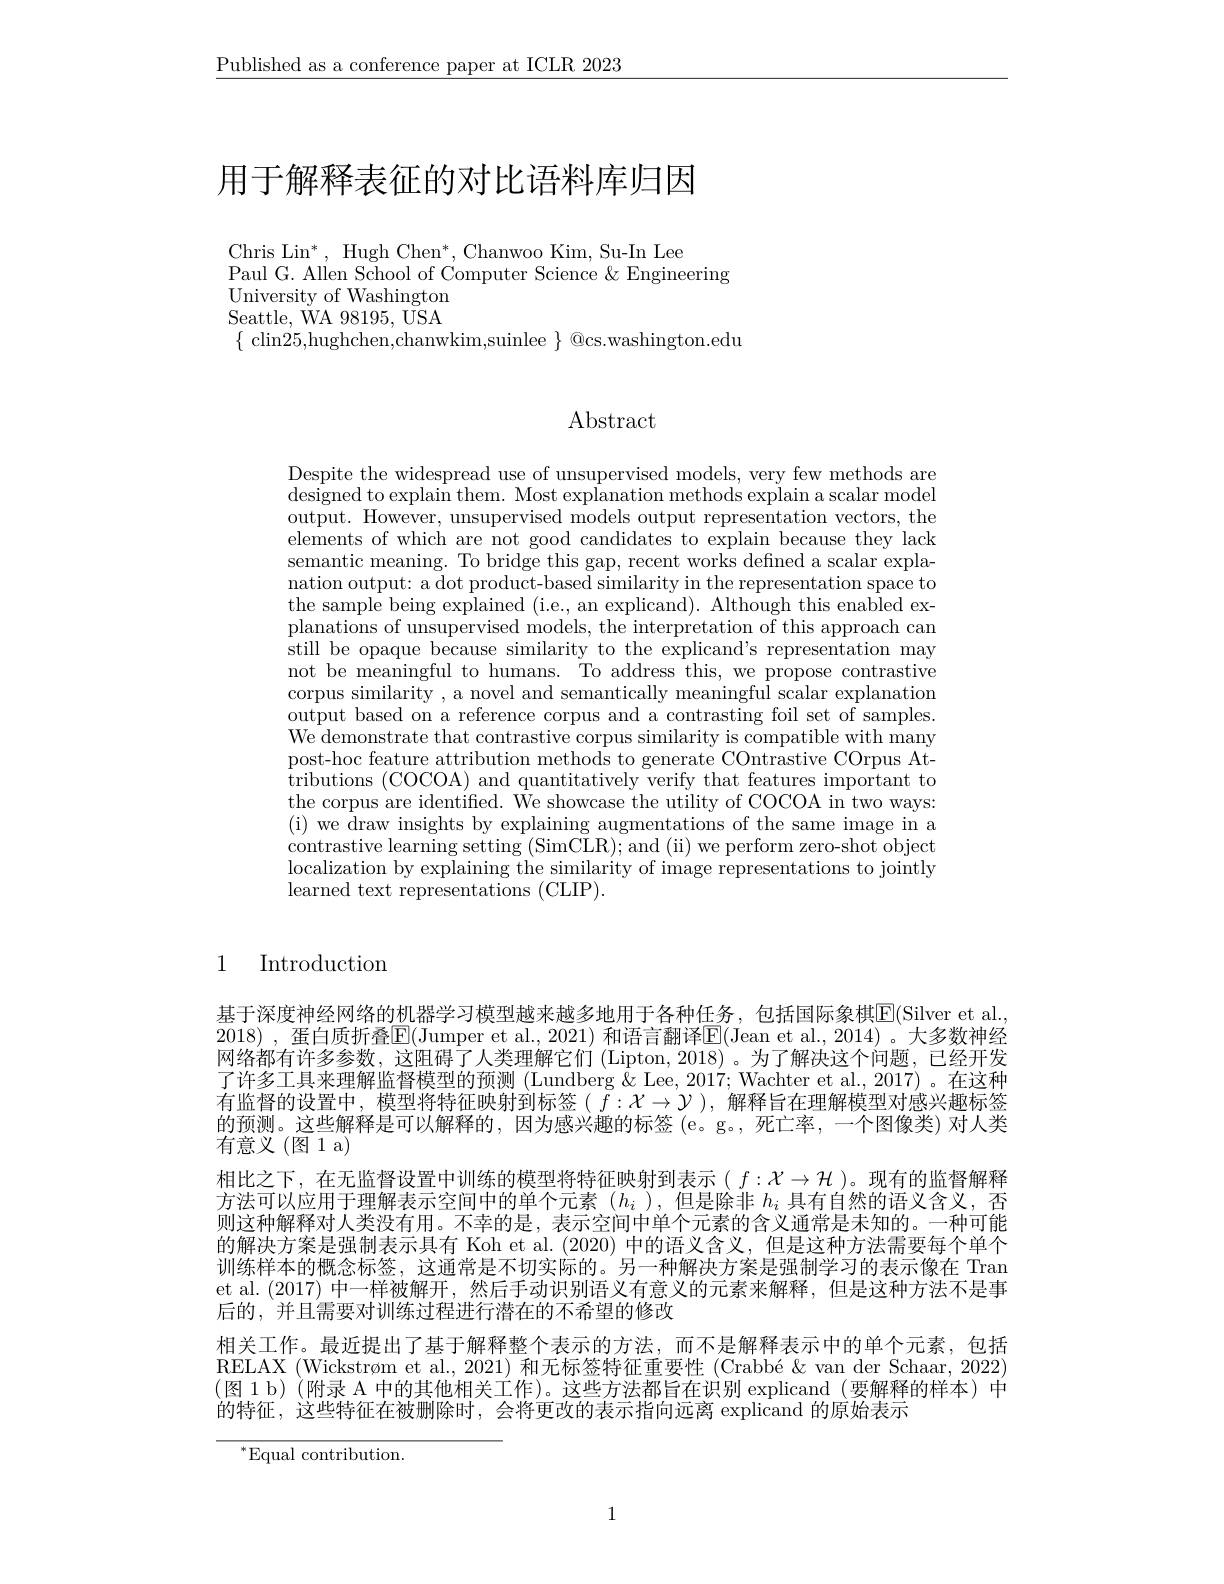
$\underline{\text{Published as a conference paper at ICLR 2023}}$

# 用于解释表征的对比语料库归因

Chris Lin$^*$, Hugh Chen$^*$, Chanwoo Kim, Su-In Lee
Paul G. Allen School of Computer Science &Engineering
University of Washington Seattle, WA 98195, USA $\{$ clin25,hughchen,chanwkim,suinlee $\}$ @cs.washington.edu

Abstract

Despite the widespread use of unsupervised models, very few methods are designed to explain them. Most explanation methods explain a scalar model output. However, unsupervised models output representation vectors, the elements of which are not good candidates to explain because they lack semantic meaning. To bridge this gap, recent works defined a scalar explanation output: a dot product-based similarity in the representation space to the sample being explained (i.e., an explicand). Although this enabled explanations of unsupervised models, the interpretation of this approach can still be opaque because similarity to the explicand's representation may not be meaningful to humans. To address this, we propose contrastive corpus similarity , a novel and semantically meaningful scalar explanation output based on a reference corpus and a contrasting foil set of samples. $\dot{\text{We demonstrate that contrastive corpus similarity is compatible with many}}$ post-hoc feature attribution methods to generate COntrastive COrpus Attributions (COCOA) and quantitatively verify that features important to the corpus are identified. We showcase the utility of COCOA in two ways: (i) we draw insights by explaining augmentations of the same image in a contrastive learning setting (SimCLR); and (ii) we perform zero-shot object localization by explaining the similarity of image representations to jointly learned text representations (CLIP).

## 1 Introduction

基于深度神经网络的机器学习模型越来越多地用于各种任务，包括国际象棋$\overline{\mathrm{E}}($Silver et al. 2018) ,蛋白质折叠$\mathbb{E}($Jumper et al., 2021) 和语言翻译$\mathbb{E}($Jean et al., 2014)。大多数神经网络都有许多参数，这阻碍了人类理解它们 (Lipton,2018)。为了解决这个问题，已经开发了许多工具来理解监督模型的预测 (Lundberg & Lee, 2017; Wachter et al., 2017)。在这种有监督的设置中，模型将特征映射到标签( $\tilde{f}:X\to\mathcal{Y})$,解释旨在理解模型对感兴趣标签的预测。这些解释是可以解释的，因为感兴趣的标签 (e。g。, 死亡率，一个图像类) 对人类有意义(图1a)
相比之下，在无监督设置中训练的模型将特征映射到表示( $f:\mathcal{X}\to\mathcal{H}$ )。现有的监督解释方法可以应用于理解表示空间中的单个元素($h_i$),但是除非$h_i$具有自然的语义含义，否则这种解释对人类没有用。不幸的是，表示空间中单个元素的含义通常是未知的。一种可能的解决方案是强制表示具有 Koh et al.(2020) 中的语义含义，但是这种方法需要每个单个训练样本的概念标签，这通常是不切实际的。另一种解决方案是强制学习的表示像在 Tran et al. (2017) 中一样被解开，然后手动识别语义有意义的元素来解释，但是这种方法不是事后的，并且需要对训练过程进行潜在的不希望的修改
相关工作。最近提出了基于解释整个表示的方法，而不是解释表示中的单个元素，包括RELAX (Wickstrøm et al., 2021) 和无标签特征重要性 (Crabbé&van der Schaar, 2022) (图 1 b)(附录 A 中的其他相关工作)。这些方法都旨在识别 explicand (要解释的样本)中的特征，这些特征在被删除时，会将更改的表示指向远离 explicand 的原始表示

$^{*}$Equal contribution.

1